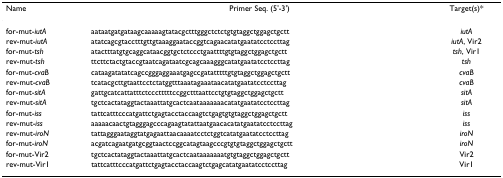
<table><thead><tr><td><b>Name</b></td><td><b>Primer Seq. (5&#x27;-3&#x27;)</b></td><td><b>Target(s)*</b></td></tr></thead><tbody><tr><td>for-mut-<i>iutA</i></td><td>aataatgatgataagcaaaaagtatacgctttgggctctctgtgtaggctggagctgctt</td><td><i>iutA</i></td></tr><tr><td>rev-mut-<i>iutA</i></td><td>atatcagcgtacctttgttgtaaaggaataccggtcagaacatatgaatatcctccttag</td><td><i>iutA</i>, Vir2</td></tr><tr><td>for-mut-<i>tsh</i></td><td>atactttatgtgcaggcataacggtgctctccctgaattttgtgtaggctggagctgctt</td><td><i>tsh</i>, Vir1</td></tr><tr><td>rev-mut-<i>tsh</i></td><td>ttcttctactgtaccgtaatcagataatcgcagcaaagggcatatgaatatcctccttag</td><td><i>tsh</i></td></tr><tr><td>for-mut-<i>cvaB</i></td><td>cataagatatatcagccgggaggaaatgagccgatatttttgtgtaggctggagctgctt</td><td><i>cvaB</i></td></tr><tr><td>rev-mut-<i>cvaB</i></td><td>tcatacgcttgtaattcctctatggtttaaatagaaataacatatgaatatcctccttag</td><td><i>cvaB</i></td></tr><tr><td>for-mut-<i>sitA</i></td><td>gattgcatcattatttctccctttttccggctttaattcctgtgtaggctggagctgctt</td><td><i>sitA</i></td></tr><tr><td>rev-mut-<i>sitA</i></td><td>tgctcactataggtactaaattatgcactcaataaaaaaacatatgaatatcctccttag</td><td><i>sitA</i></td></tr><tr><td>for-mut-<i>iss</i></td><td>tattcatttcccatgattctgagtacctaccaagtctgagtgtgtaggctggagctgctt</td><td><i>iss</i></td></tr><tr><td>rev-mut-<i>iss</i></td><td>aaaaacaactgtagggagcccagaagtatattaatgaacacatatgaatatcctccttag</td><td><i>iss</i></td></tr><tr><td>rev-mut-<i>iroN</i></td><td>tattagggaataggtatgagaattaacaaaatcctctggtcatatgaatatcctccttag</td><td><i>iroN</i></td></tr><tr><td>for-mut-<i>iroN</i></td><td>acgatcagaatgatgcggtaactccggcatagtaagcccgtgtgtaggctggagctgctt</td><td><i>iroN</i></td></tr><tr><td>for-mut-Vir2</td><td>tgctcactataggtactaaattatgcactcaataaaaaaatgtgtaggctggagctgctt</td><td>Vir2</td></tr><tr><td>rev-mut-Vir1</td><td>tattcatttcccatgattctgagtacctaccaagtctgagcatatgaatatcctccttag</td><td>Vir1</td></tr></tbody></table>